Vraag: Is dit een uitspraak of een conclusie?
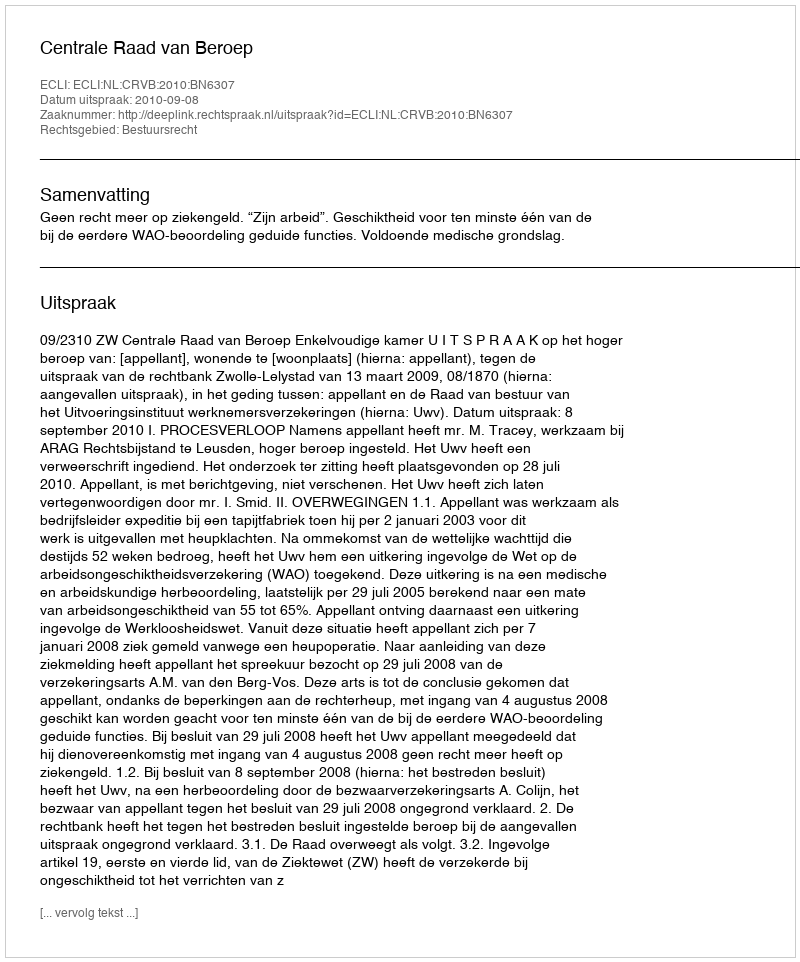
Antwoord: Uitspraak